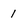
Character: 1